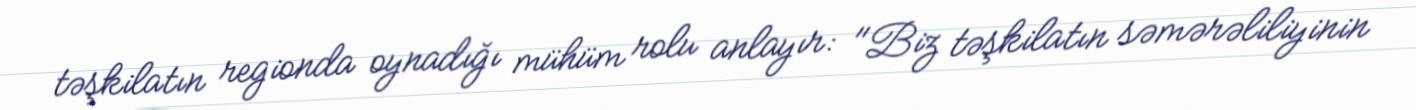
təşkilatın regionda oynadığı mühüm rolu anlayır: "Biz təşkilatın səmərəliliyinin